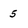
Character: 5